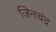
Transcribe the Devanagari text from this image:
जिनचंद्र